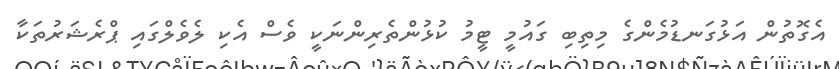
އެގޮތުން އަޅުގަނޑުމެންގެ މިތިބި ގައުމީ ޓީމު ކުޅުންތެރިންނަކީ ވެސް އެކި ލެވެލްގައި ޕްރެޝަރުތަކާ